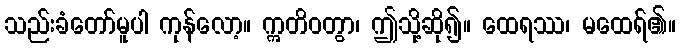
သည်းခံတော်မူပါ ကုန်လော့။ ဣတိဝတွာ၊ ဤသို့ဆို၍။ ထေရဿ၊ မထေရ်၏။